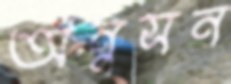
অনুসন